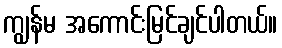
ကျွန်မ အကောင်းမြင်ချင်ပါတယ်။